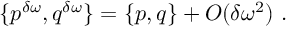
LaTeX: \{ p ^ { \delta \omega } , q ^ { \delta \omega } \} = \{ p , q \} + O ( \delta \omega ^ { 2 } ) \ .